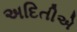
અદિતીએ